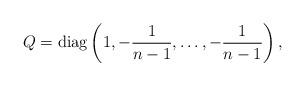
LaTeX: \begin{align*}Q={\rm diag}\left(1,-{1\over n-1},\ldots,-{1\over n-1}\right),\end{align*}